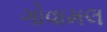
ગોવામલ